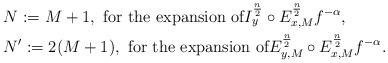
LaTeX: \begin{align*}&N:=M+1, \ \textup{for the expansion of} I^{\frac{n}{2}}_{y}\circ E^{\frac{n}{2}}_{x,M}f^{-\alpha}, \\&N':=2(M+1), \ \textup{for the expansion of} E^{\frac{n}{2}}_{y,M} \circ E^{\frac{n}{2}}_{x,M} f^{-\alpha}.\end{align*}